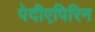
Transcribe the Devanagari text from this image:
पेदीएपिरिन